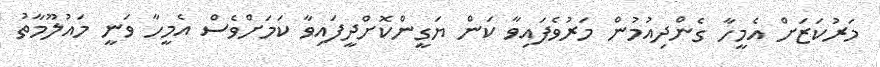
މަރުކަޒަށް އެމީހާ ގެންދިއުމުން މަރުވެފައިވާ ކަން ޔަގީންކޮށްދީފައިވާ ކަމަށްވެސް އެމީހާ ވަނީ މައުލޫމާތު